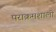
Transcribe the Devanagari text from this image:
पराक्रमशाली